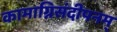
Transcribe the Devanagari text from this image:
कामाग्निसंदीपनम्